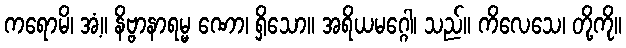
ကရောမိ၊ အံ့။ နိဗ္ဗာနာရမ္မ ဏော၊ ရှိသော။ အရိယမဂ္ဂေါ၊ သည်။ ကိလေသေ၊ တို့ကို။